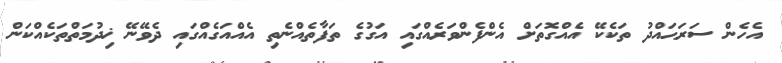
އެހެން ސަރަޙައްދު ތަކެކޭ އެއްގޮތަށް އެންފެންވަރެއްގައި އަގުގެ ތަފާތެއްނެތި އެއްއަގެއްގައި ދެވޭނޭ ޚިދުމަތްތަކެއްކަން